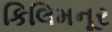
કિલિમનૂર